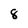
Character: 8